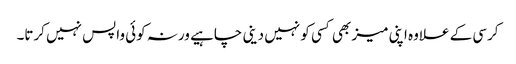
کرسی کے علاوہ اپنی میز بھی کسی کو نہیں دینی چاہیے ورنہ کوئی واپس نہیں کرتا۔